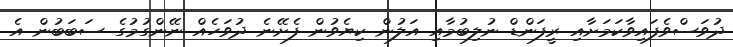
ދުވަސްވެފައިވާކަމަށާއި ރީފަންޑް ނުލިބުމާއި އަލުން ކިޔެވުން ފެށޭނެ ދުވަހެއް ނޭންގުމުގެ ސަބަބުން އެ